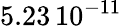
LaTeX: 5.23\, 10^{-11}